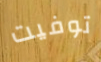
توفيت